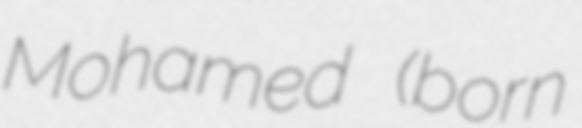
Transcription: Mohamed (born